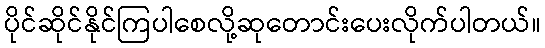
ပိုင်ဆိုင်နိုင်ကြပါစေလို့ဆုတောင်းပေးလိုက်ပါတယ်။